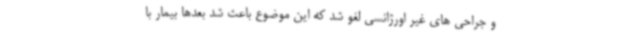
و جراحی های غیر اورژانسی لغو شد که این موضوع باعث شد بعدها بیمار با